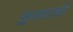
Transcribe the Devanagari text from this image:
फ़ुलाजी